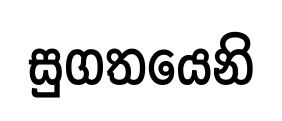
සුගතයෙනි